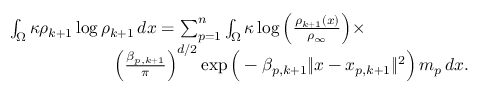
\begin{array} { r l } & { \int _ { \Omega } \kappa \rho _ { k + 1 } \log \rho _ { k + 1 } \, d x = \sum _ { p = 1 } ^ { n } \int _ { \Omega } \kappa \log \Big ( \frac { \rho _ { k + 1 } ( x ) } { \rho _ { \infty } } \Big ) \times } \\ & { \qquad \qquad \qquad \Big ( \frac { \beta _ { p , k + 1 } } { \pi } \Big ) ^ { d / 2 } \exp \Big ( - \beta _ { p , k + 1 } \| x - x _ { p , k + 1 } \| ^ { 2 } \Big ) \, m _ { p } \, d x . } \end{array}